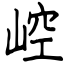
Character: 崆